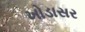
ખોડાસર